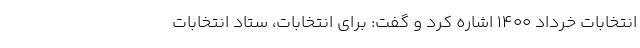
انتخابات خرداد ۱۴۰۰ اشاره کرد و گفت: برای انتخابات، ستاد انتخابات